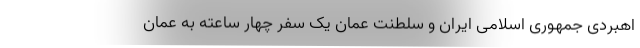
اهبردی جمهوری اسلامی ایران و سلطنت عمان یک سفر چهار ساعته به عمان